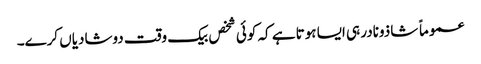
عموماً شاذونادر ہی ایسا ہوتا ہے کہ کوئی شخص بیک وقت دوشادیاں کرے۔